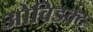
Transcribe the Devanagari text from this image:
ओविडक्ट